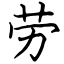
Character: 劳